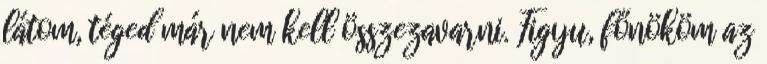
látom, téged már nem kell összezavarni. Figyu, főnököm az